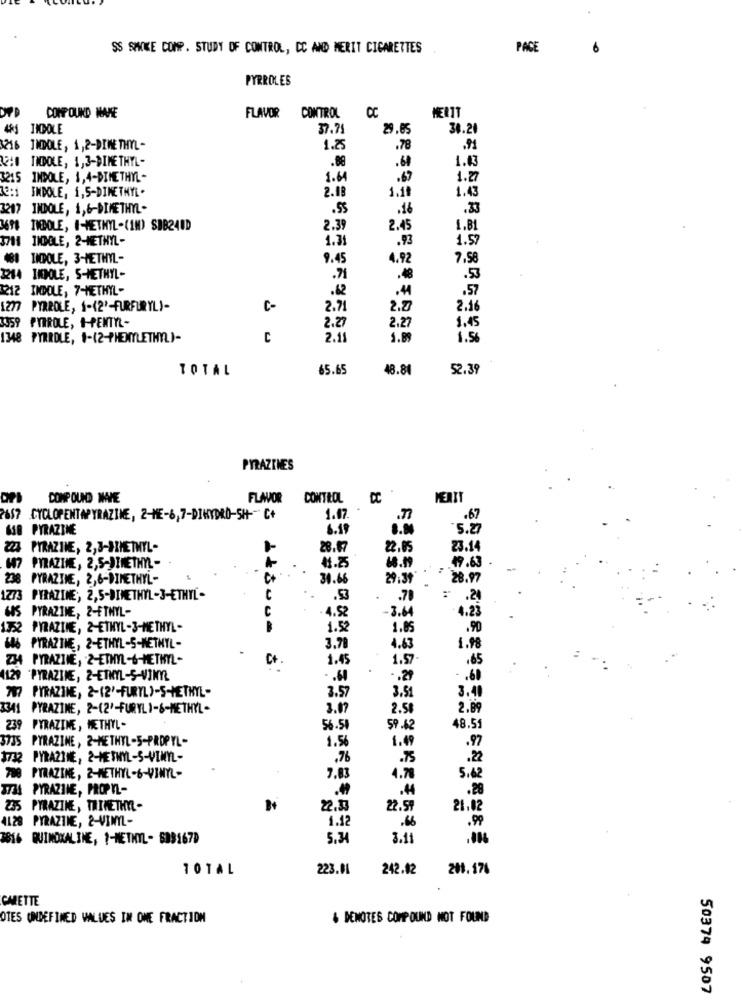
SS SMOKE COMP. STUDY OF CONTROL, CC AND MERIT CIGARETTES
PACE
6
PYRROLES
DPD
COMPOUND NAME
FLAVOR CONTROL
CC
45J INDOLE
37.71
29.85
38.21
3216 IMDOLE, 1,2-DIMETHYL-
1.25
.78
.91
TIDOLE, 1,3-DIME THYL-
.08
.60
1.43
3215 INDOLE, 1,4-DIMETHYL-
1.64
.67
1.27
2.18
1.10
1.43
INDOLE, 1,5-DIMETHYL.
3217
INDOLE, 1,6-DIMETHYL -
.55
.16
.33
THDOLE, I-METHYL-(IM) SBB240D
2.39
2.45
1.B
711 INDOLE, 2-METHYL-
1.3
.93
1.57
481 INDOLE, 3-METHYL-
9.45
4.92
7.58
3214 IKPOLE, S-METHYL-
.71
.48
.53
3212 INDOLE, 7-METHYL-
.12
.44
.57
1277 PYRROLE, 1-(2'-FURFURYL)-
C-
2.71
2.0
2.16
2.27
1.45
3359 PYRROLE, I-PENTYL-
2.27
1348 PYRRDLE, 1-(2-PHENYLETHYL)-
C
2.1
1.B
1.56
TOTAL
65.65
48.84
52.39
PYRAZINES
COMPOUND WAVE
FLAVOR
CONTROL
MERIT
PAS? CYCLOPENTAPYRAZINE, 2-ME-6,7-DIHYDRO-5H -- C+
1.07.
.77
.67
618 PYRAZINE
6.19
5.27
PYRAZINE, 2,3-DIMETHYL-
28.07
22.05
23.14
68.19
197 PYRAZINE, 2,5-DIMETHYL -
-
4.25
49.63
238
PYRAZINE, 2,6-DIMETHYL-
C+
30.66
29.39
: 28.97
1273 PYRAZINE, 2,5-DIMETHYL-3-ETHYL-
.53
.70
: . 20
6OS PYRAZINE, 2-ETHYL-
C
4.52
-3.64
4.23
352 PYRAZINE, 2-ETHYL-3-METHYL-
R
1.52
1.85
.90
PYRAZINE, 2-ETHYL-S-METHYL-
3.78
4.63
1.98
234 PYRAZINE, 2-ETHYL-6-METHYL-
1.45
1.57
.65
1129 PYRAZINE, 2-ETHYL-S-VINYL
-. 20
.60
77 PYRAZINE, 2-(2'-FURYL)-S-METHYL-
3.57
3.51
3.40
3341 PYRAZINE, 2-(2'-FURYLI-&-METHYL-
3.07
2.58
2.89
PYRAZINE, METHYL-
56.50
59.62
48.51
3735 PYRAZINE, 2-METHYL-5-PROPYL-
1.56
1.49
.97
1732 PYRAZINE, 2-METHYL-S-VINYL-
.76
.75
.2
PYRAZINE, 2-METHYL-6-VINYL-
7.83
4.78
5.62
3734 PYRAZINE, PROPYL-
.49
.4
.28
235 PYRAZINE, TRIMETHYL-
22.33
22.59
21,02
4128 PYRAZINE, 2-VINYL-
1.1
.66
.99
3816 QUIMOXALINE, ?- METHYL- 509167D
5.34
3.11
TOTAL
223.01
242.02
201.176
CMRETTE
OTES OMDEFINED VALUES IN ONE FRACTION
& DENOTES COMPOUND NOT FOUND
50374 9507